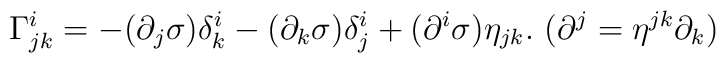
\Gamma^i_{jk}=-(\partial_j\sigma)\delta^i_k-(\partial_k\sigma)\delta^i_j+(\partial^i\sigma)\eta_{jk}.~(\partial^j=\eta^{jk}\partial_k)